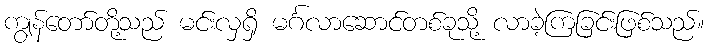
ကျွန်တော်တို့သည် မင်းလှရှိ မင်္ဂလာဆောင်တစ်ခုသို့ လာခဲ့ကြခြင်းဖြစ်သည်။